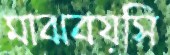
মাঝবয়সি